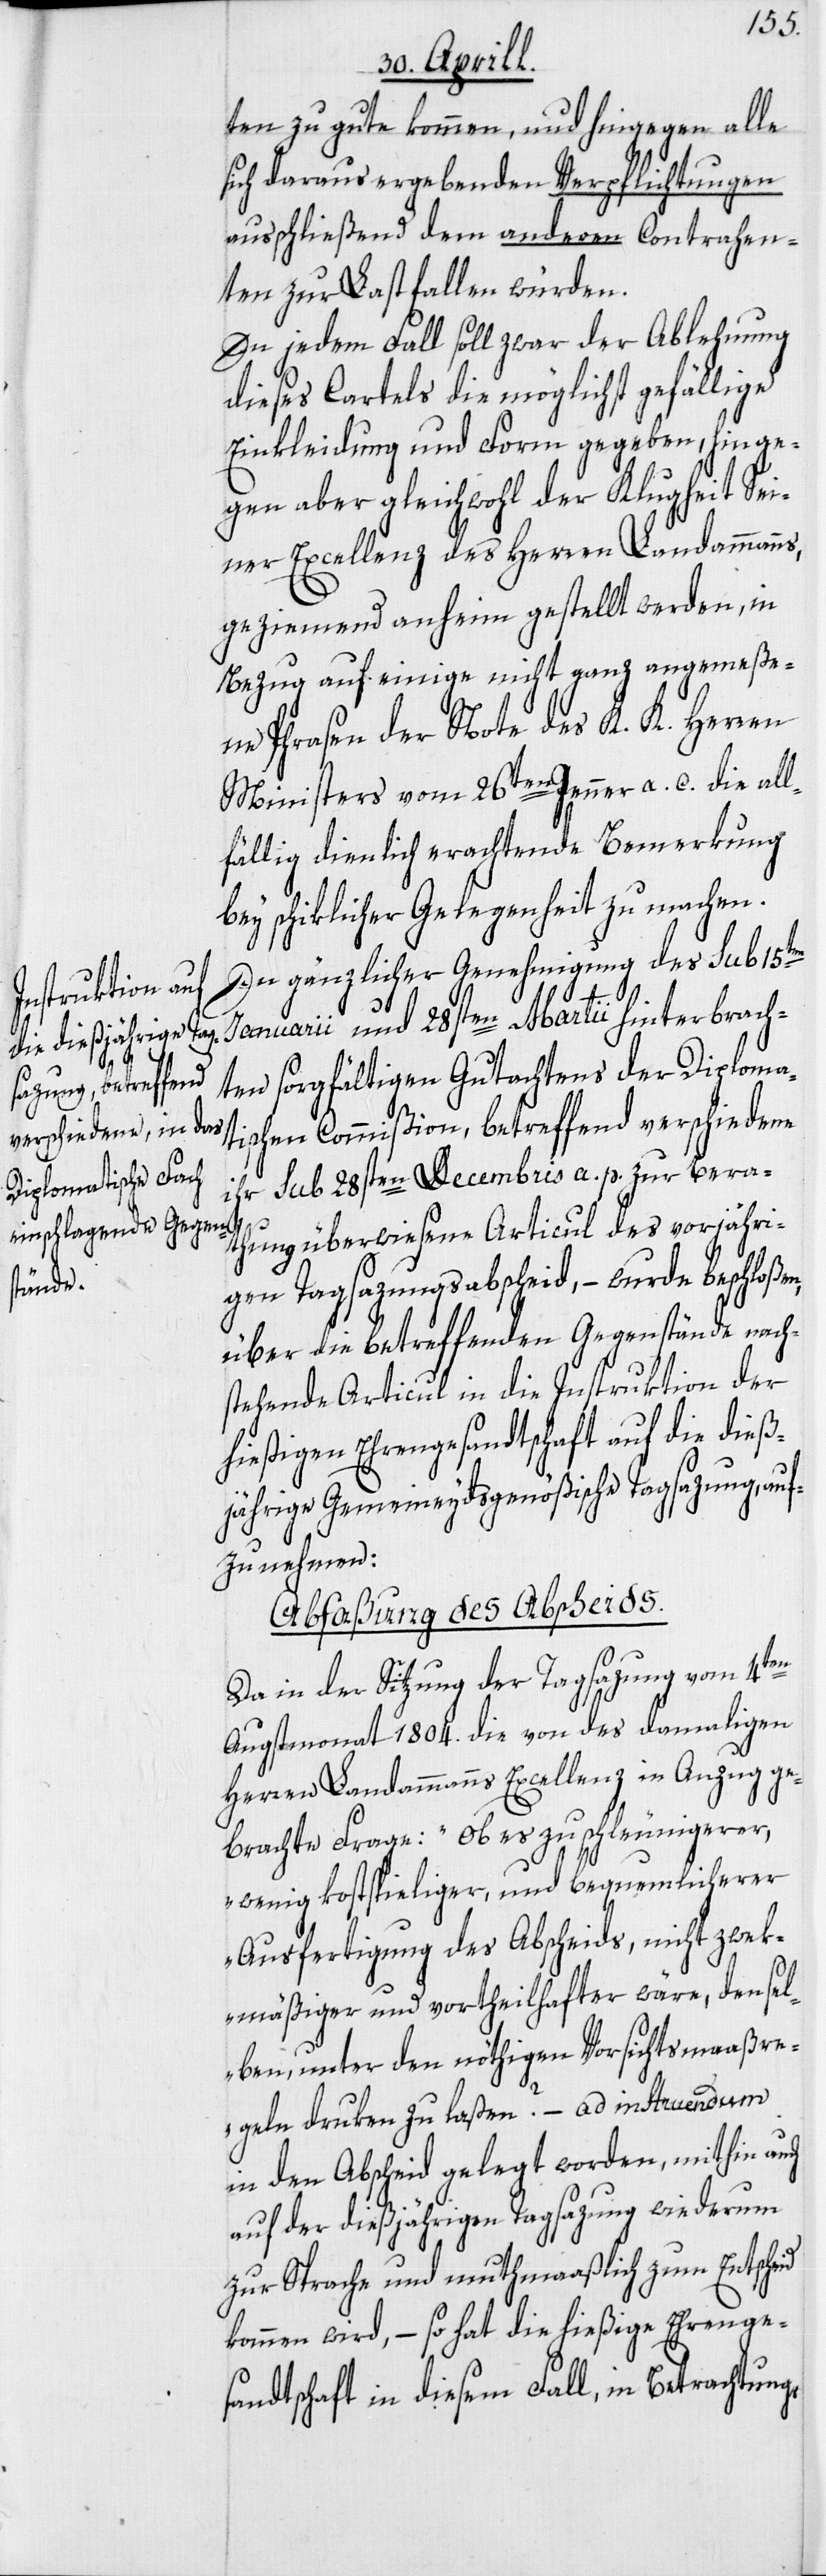
ten zu gute kommen, und hingegen alle
sich daraus ergebenden Verpflichtungen
ausschließend dem anderen Contrahen¬
ten zur Last fallen würden.
In jedem Fall soll zwar der Ablehnung
dieses Cartels die möglichst gefällige
Einkleidung und Form gegeben, hinge¬
gen aber gleichwohl der Klugheit Sei¬
ner Excellenz des Herren Landammanns,
geziemend anheim gestellt werden, in
Bezug auf einige nicht ganz angemeße¬
ne Phrasen der Note des K. K. Herren
Ministers vom 26ten Jenner a. c. die all¬
fällig dienlich erachtende Bemerkung
bey schiklicher Gelegenheit zu machen.
In gänzlicher Genehmigung des sub 15ten
Januarii und 28sten Martii hinterbrach¬
ten sorgfältigen Gutachtens der Diploma¬
tischen Commißion, betreffend verschiedene
ihr sub 28sten Decembris a. p. zur Bera¬
thung überwiesene Articul des vorjähri¬
gen Tagsazungsabscheid, – wurde beschloßen,
über die betreffenden Gegenstände nach¬
stehende Articul in die Instruktion der
hießigen Ehrengesandtschaft auf die dieß¬
jährige Gemeineydsgenößische Tagsazung, auf¬
zunehmen:
Abfaßung des Abscheids.
Da in der Sitzung der Tagsazung vom 4ten
Augstmonat 1804. die von des damaligen
Herren Landammanns Excellenz in Anzug ge¬
brachte Frage: „Ob es zu schleunigerer,
wenig kostspieliger, und bequemlicherer
Ausfertigung des Abscheids, nicht zwek¬
mäßiger und vortheilhafter wäre, densel¬
ben, unter den nöthigen Vorsichtsmaaßre¬
geln druken zu laßen?[“] – ad instruendum
in den Abscheid gelegt worden, mithin auch
auf der dießjährigen Tagsazung wiederum
zur Sprache und muthmaaßlich zum Entscheid
kommen wird, – so hat die hießige Ehrenge¬
sandtschaft in diesem Fall, in Betrachtung